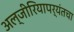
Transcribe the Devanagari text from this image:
अल्जीरियापर्यंतचा